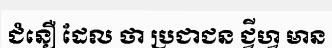
ជំនឿ ដែល ថា ប្រជាជន ជ្វីហ្វ មាន